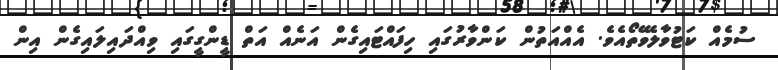
ސުމެއް ކަޓުވާލެވޭތޯއެވެ. އެއްއަތުން ކަންވާރުގައި ހިފައްޓައިގެން އަނެއް އަތް ޑީންގީގައި ވިއްދައިލައިގެން އިން